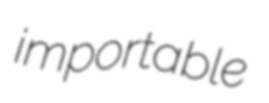
importable